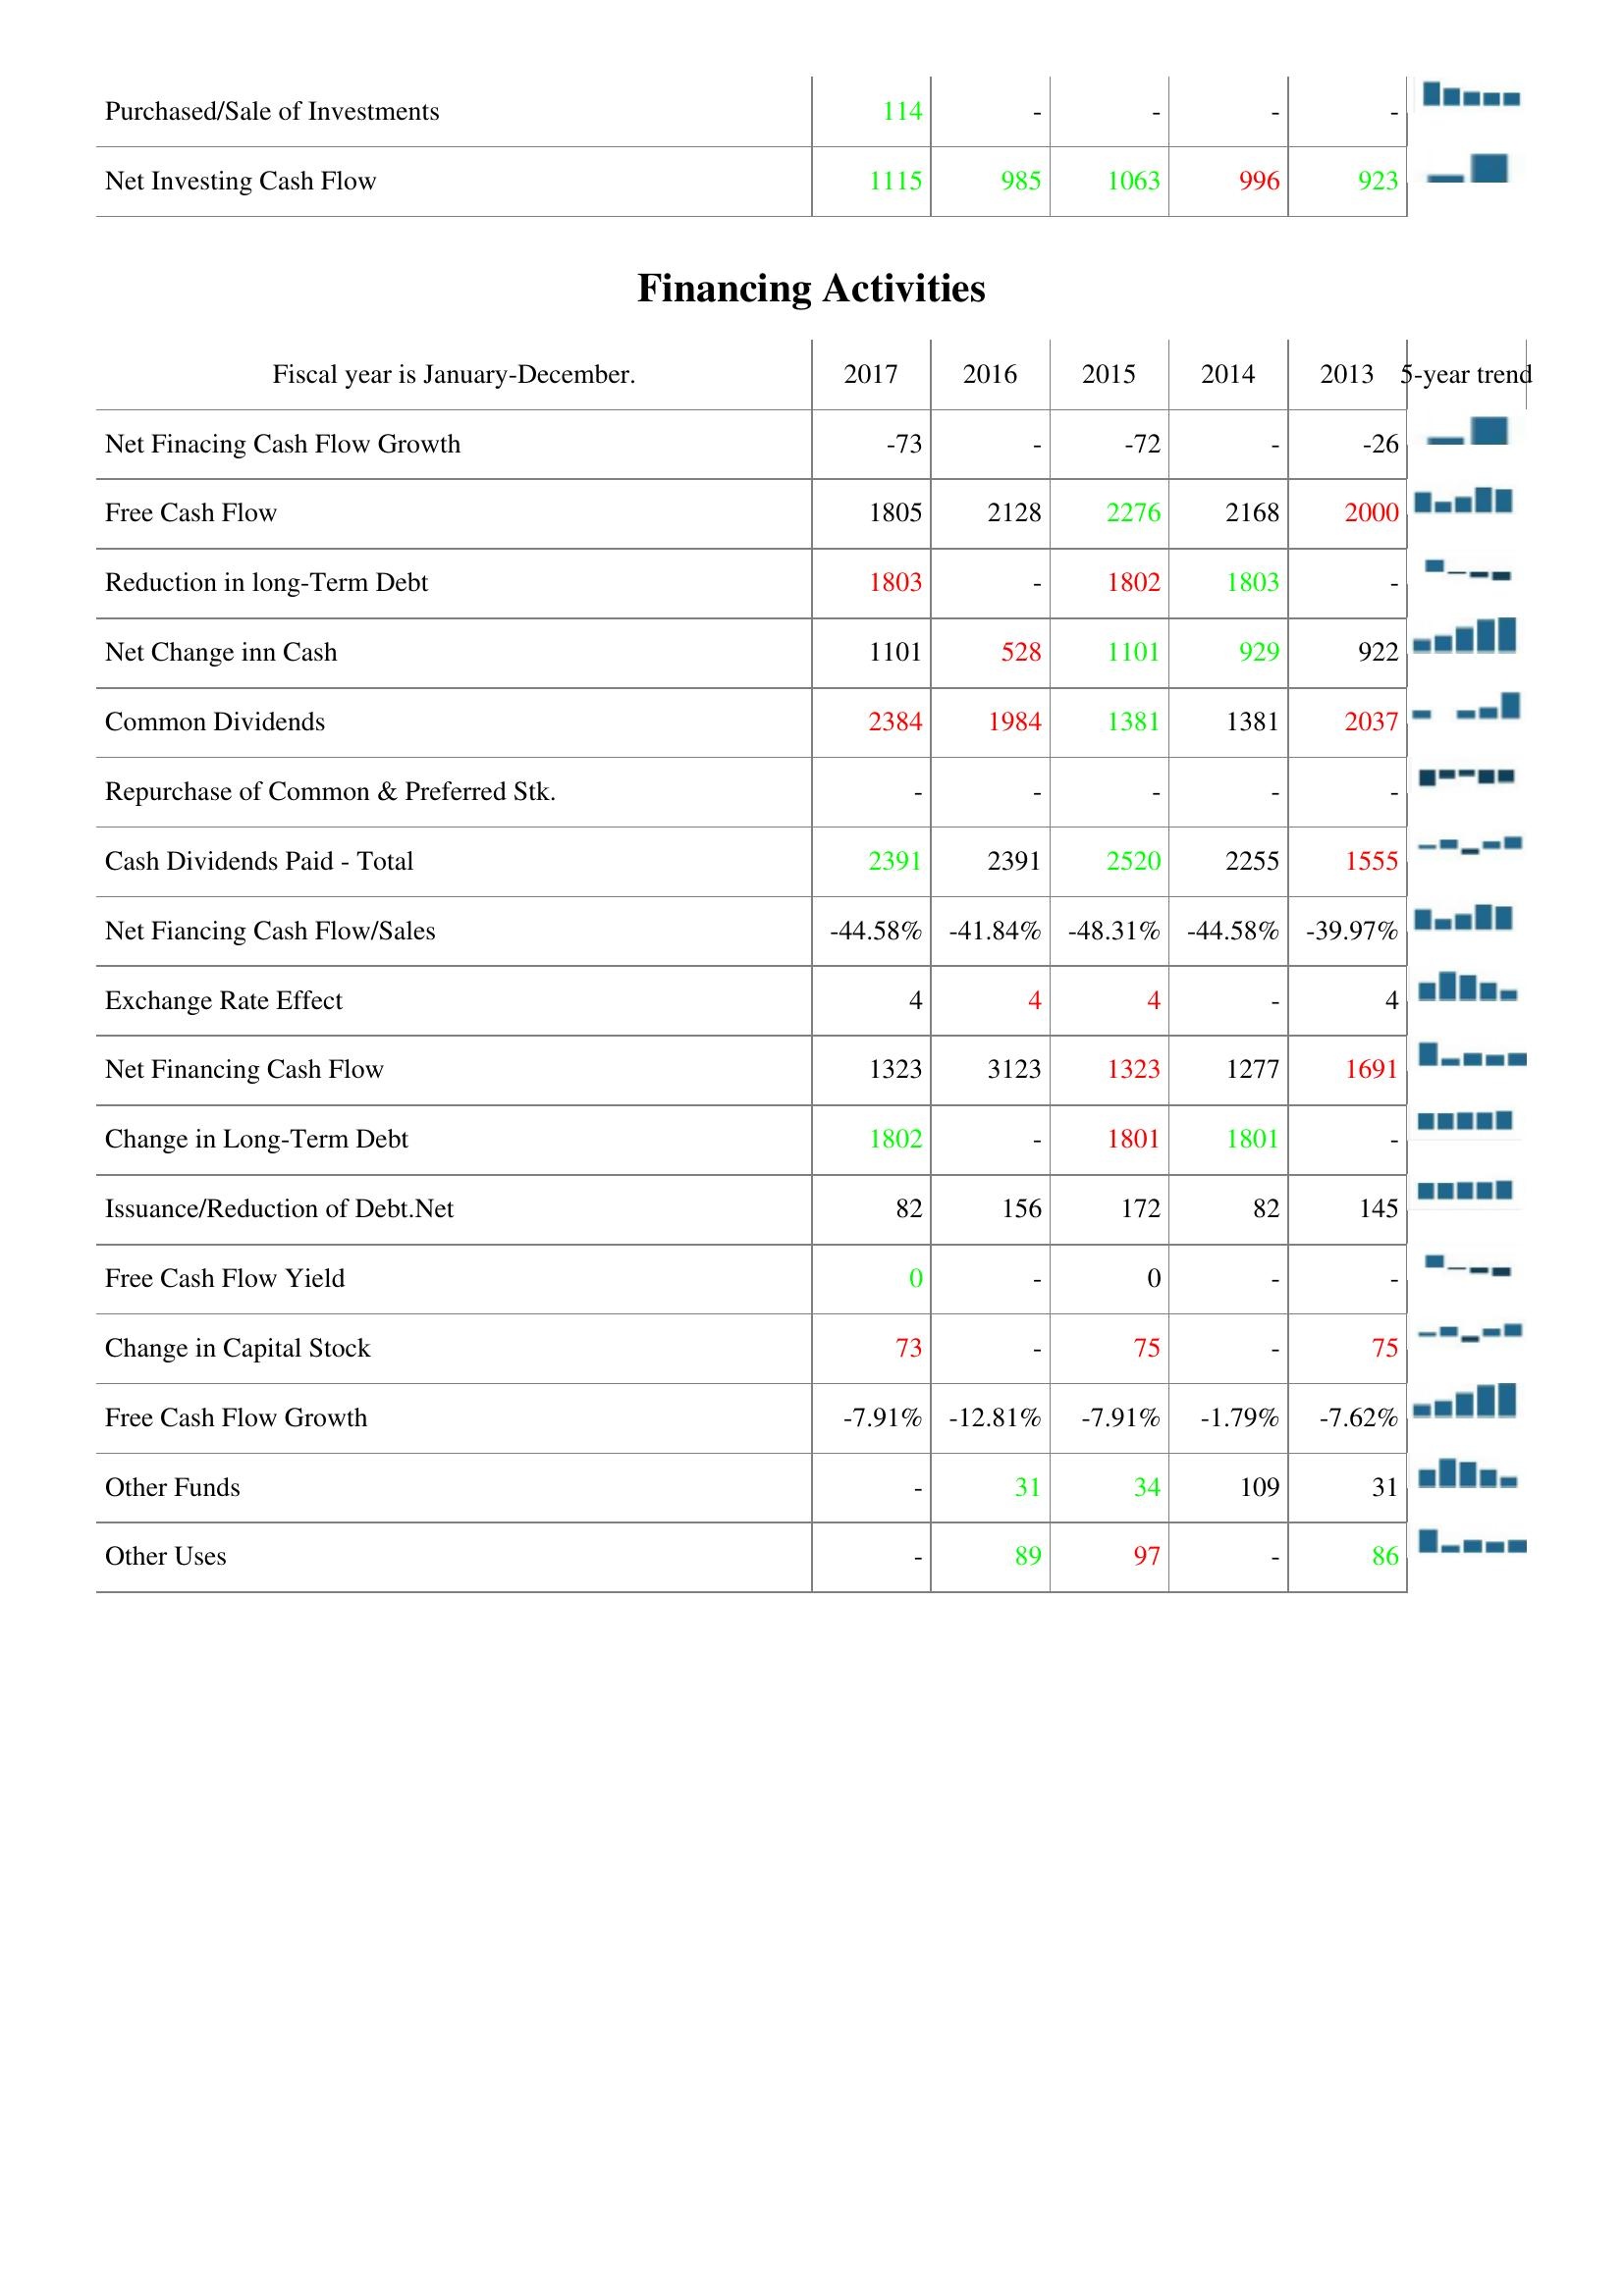
2017: Investing Activities: Purchased/Sale of Investments: 114
Net Investing Cash Flow: 1115
Financing Activities: Net Finacing Cash Flow Growth: -73
Free Cash Flow: 1805
Reduction in long-Term Debt: 1803
Net Change inn Cash: 1101
Common Dividends: 2384
Repurchase of Common & Preferred Stk.: -
Cash Dividends Paid - Total: 2391
Net Fiancing Cash Flow/Sales: -44.58%
Exchange Rate Effect: 4
Net Financing Cash Flow: 1323
Change in Long-Term Debt: 1802
Issuance/Reduction of Debt.Net: 82
Free Cash Flow Yield: 0
Change in Capital Stock: 73
Free Cash Flow Growth: -7.91%
Other Funds: -
Other Uses: -
2016: Investing Activities: Purchased/Sale of Investments: -
Net Investing Cash Flow: 985
Financing Activities: Net Finacing Cash Flow Growth: -
Free Cash Flow: 2128
Reduction in long-Term Debt: -
Net Change inn Cash: 528
Common Dividends: 1984
Repurchase of Common & Preferred Stk.: -
Cash Dividends Paid - Total: 2391
Net Fiancing Cash Flow/Sales: -41.84%
Exchange Rate Effect: 4
Net Financing Cash Flow: 3123
Change in Long-Term Debt: -
Issuance/Reduction of Debt.Net: 156
Free Cash Flow Yield: -
Change in Capital Stock: -
Free Cash Flow Growth: -12.81%
Other Funds: 31
Other Uses: 89
2015: Investing Activities: Purchased/Sale of Investments: -
Net Investing Cash Flow: 1063
Financing Activities: Net Finacing Cash Flow Growth: -72
Free Cash Flow: 2276
Reduction in long-Term Debt: 1802
Net Change inn Cash: 1101
Common Dividends: 1381
Repurchase of Common & Preferred Stk.: -
Cash Dividends Paid - Total: 2520
Net Fiancing Cash Flow/Sales: -48.31%
Exchange Rate Effect: 4
Net Financing Cash Flow: 1323
Change in Long-Term Debt: 1801
Issuance/Reduction of Debt.Net: 172
Free Cash Flow Yield: 0
Change in Capital Stock: 75
Free Cash Flow Growth: -7.91%
Other Funds: 34
Other Uses: 97
2014: Investing Activities: Purchased/Sale of Investments: -
Net Investing Cash Flow: 996
Financing Activities: Net Finacing Cash Flow Growth: -
Free Cash Flow: 2168
Reduction in long-Term Debt: 1803
Net Change inn Cash: 929
Common Dividends: 1381
Repurchase of Common & Preferred Stk.: -
Cash Dividends Paid - Total: 2255
Net Fiancing Cash Flow/Sales: -44.58%
Exchange Rate Effect: -
Net Financing Cash Flow: 1277
Change in Long-Term Debt: 1801
Issuance/Reduction of Debt.Net: 82
Free Cash Flow Yield: -
Change in Capital Stock: -
Free Cash Flow Growth: -1.79%
Other Funds: 109
Other Uses: -
2013: Investing Activities: Purchased/Sale of Investments: -
Net Investing Cash Flow: 923
Financing Activities: Net Finacing Cash Flow Growth: -26
Free Cash Flow: 2000
Reduction in long-Term Debt: -
Net Change inn Cash: 922
Common Dividends: 2037
Repurchase of Common & Preferred Stk.: -
Cash Dividends Paid - Total: 1555
Net Fiancing Cash Flow/Sales: -39.97%
Exchange Rate Effect: 4
Net Financing Cash Flow: 1691
Change in Long-Term Debt: -
Issuance/Reduction of Debt.Net: 145
Free Cash Flow Yield: -
Change in Capital Stock: 75
Free Cash Flow Growth: -7.62%
Other Funds: 31
Other Uses: 86